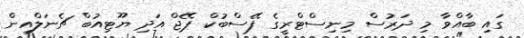
ގައި ބާއްވާ މި ދަރުސް މިނިސްޓްރީގެ ފޭސްބުކް ޕޭޖް އަދި ޔޫޓިއުބް ޗެނަލްއިން